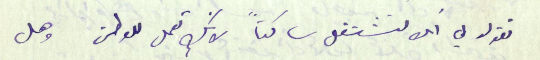
تقول لي انك تشتغل ساكتاً لانك تعمل للوطن وهل